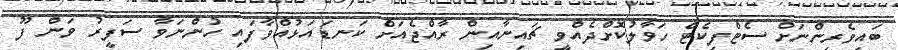
ބައިވެރިންނަށް ސެޓްފިކެޓް ހަވާލުކޮށްދެއްވީ ޗައިނާއިން ރާއްޖެއަށް ކަނޑައަޅުއްވާފައި ހުންނަވާ ސަފީރު ވަން ފޫ